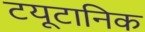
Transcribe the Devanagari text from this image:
टयूटानिक